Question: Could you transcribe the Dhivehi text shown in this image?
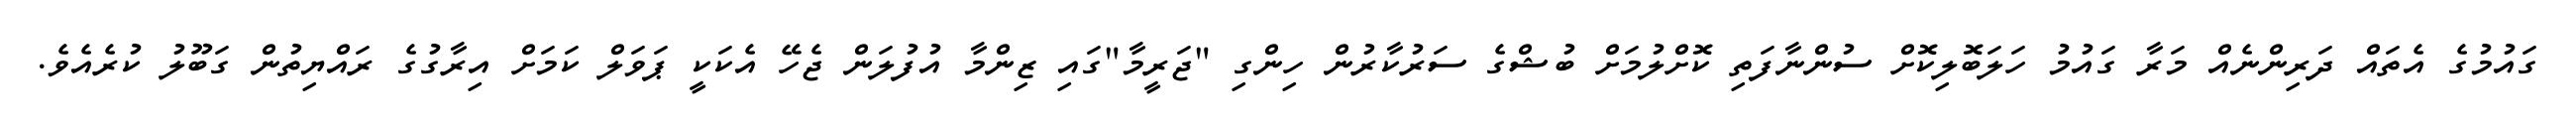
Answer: ގައުމުގެ އެތައް ދަރިންނެއް މަރާ ގައުމު ހަލަބޮލިކޮށް ސުންނާފަތި ކޮށްލުމަށް ބުޝްގެ ސަރުކާރުން ހިންގި "ޖަރީމާ"ގައި ޒިންމާ އުފުލަން ޖެހޭ އެކަކީ ޕަވަލް ކަމަށް އިރާގުގެ ރައްޔިތުން ގަބޫލު ކުރެއެވެ.